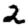
Digit: 2